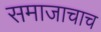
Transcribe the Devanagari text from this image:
समाजाचाच